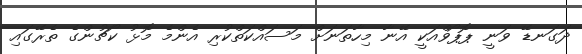
ދަގަނޑޭ ވަނީ ޕޮޕޯވްއަކީ އޭނާ މިހާތަނަށް މަސައްކަތްކުރި އެންމެ މޮޅު ކޯޗުންގެ ތެރޭގައި